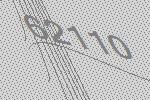
62110